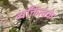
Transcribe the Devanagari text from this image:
व्यक्तित्वके